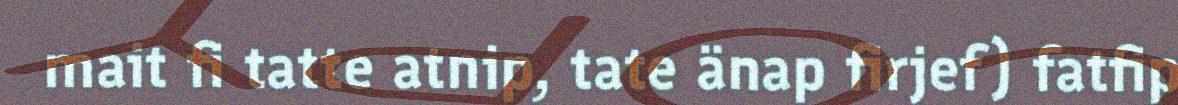
mait fi tatte atnip, tate änap firjef) fatfip